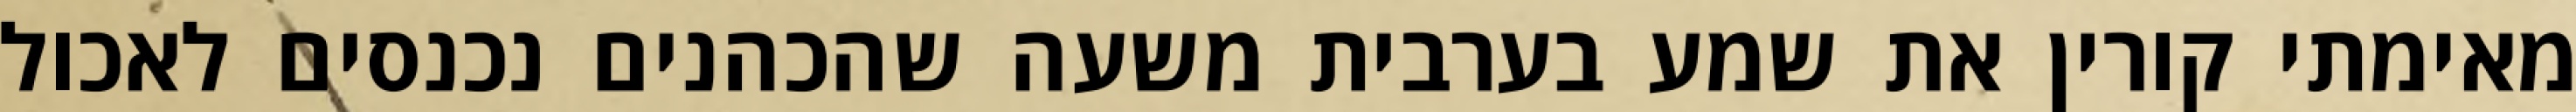
מאימתי קורין את שמע בערבית משעה שהכהנים נכנסים לאכול